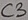
Text: C3